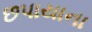
છપાયાના